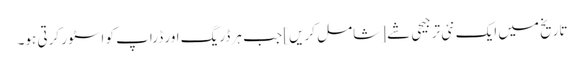
تاریخ میں ایک نئی ترجیحی شے [شامل کریں] جب ہر ڈریگ اور ڈراپ کو اسٹور کرتی ہو۔